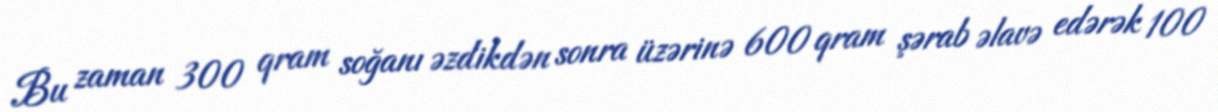
Bu zaman 300 qram soğanı əzdikdən sonra üzərinə 600 qram şərab əlavə edərək 100